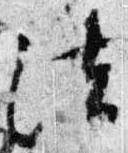
法